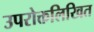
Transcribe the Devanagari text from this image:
उपरोक्तलिखित